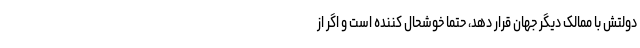
دولتش با ممالک دیگر جهان قرار دهد، حتماً خوشحال کننده است و اگر از